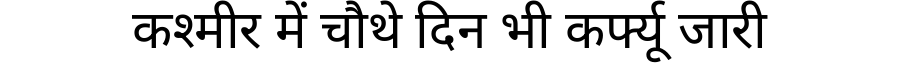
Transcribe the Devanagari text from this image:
कश्मीर में चौथे दिन भी कर्फ्यू जारी